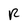
Character: R